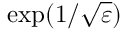
\exp ( 1 / \sqrt { \varepsilon } )